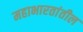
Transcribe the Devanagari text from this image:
महाभारतांतील